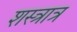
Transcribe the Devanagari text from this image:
शस्त्रात्र